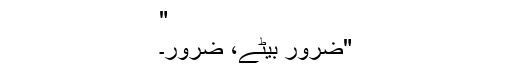
"
"ضرور بیٹے، ضرور۔